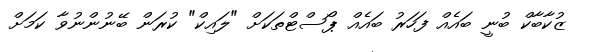
ޒުކާބާކް ބުނީ ބައެއް ފަހަރު ބައެއް ޕޯސްޓްތަކަށް "ލައިކް" ކުރަން ބޭނުންނުވާ ކަމަށް